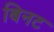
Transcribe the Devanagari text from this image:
बिनट